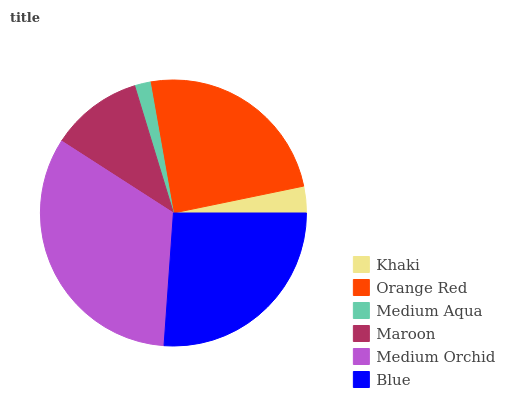
| Khaki | Orange Red | Medium Aqua | Maroon | Medium Orchid | Blue |
 | --- | --- | --- | --- | --- | --- |
 | 3.23% | 24.5% | 1.93% | 11.2% | 33% | 26.1% |